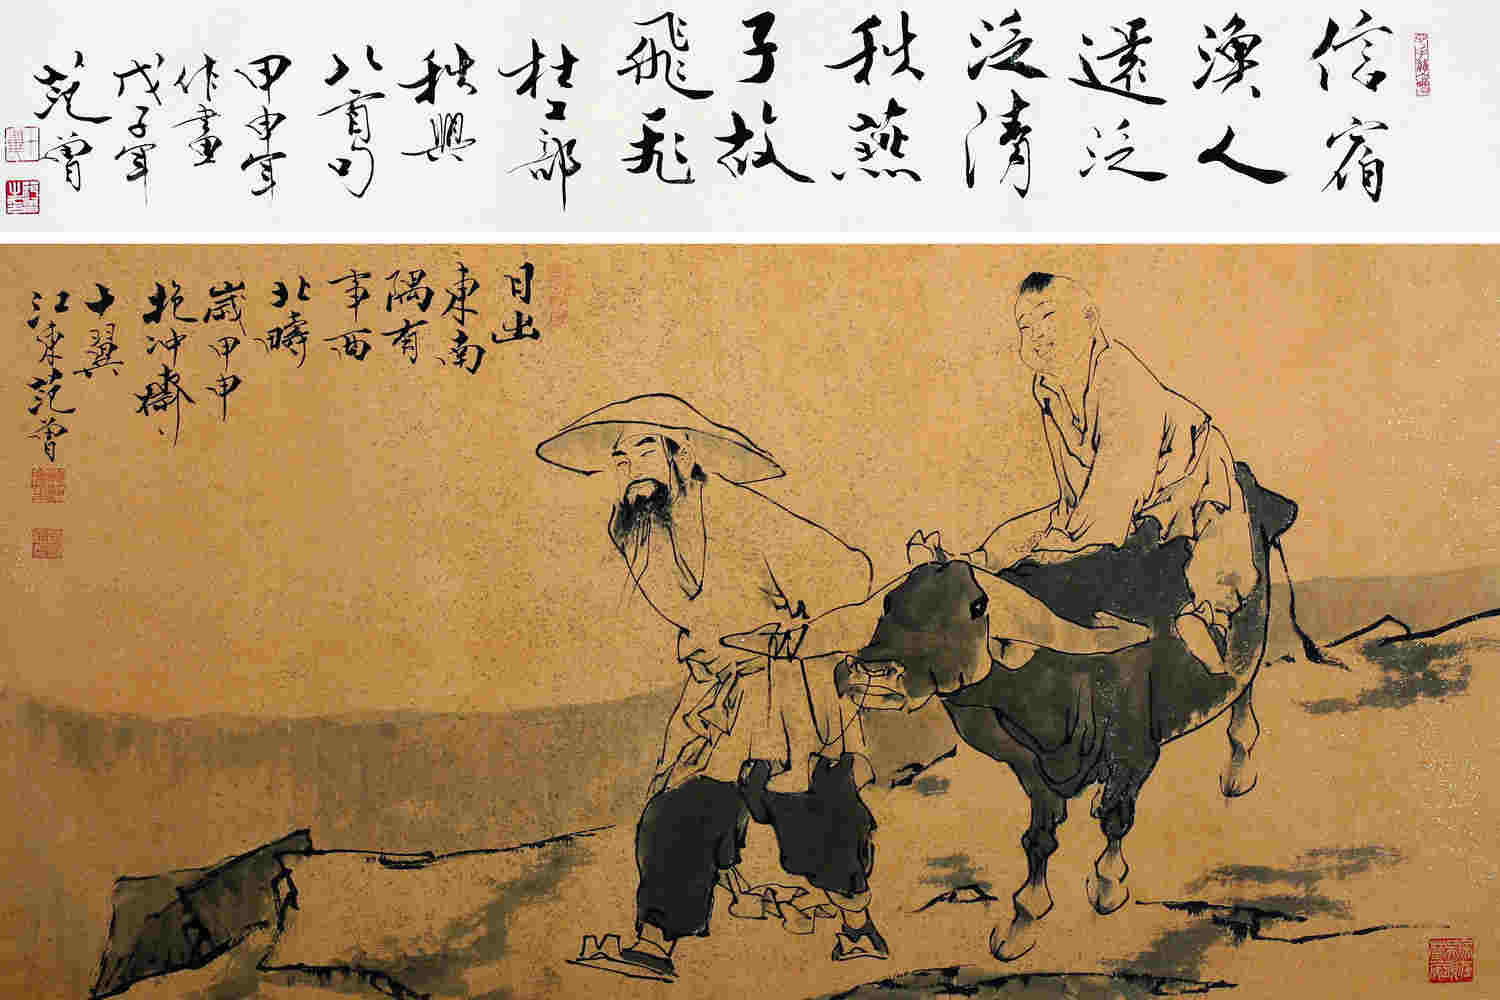
信宿渔人还泛泛，清秋燕子故飞飞。